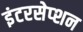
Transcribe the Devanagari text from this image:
इंटरसेप्शन